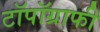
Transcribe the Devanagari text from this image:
टॉपॉग्राफी